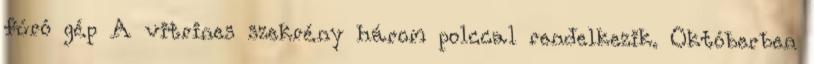
fúró gép A vitrines szekrény három polccal rendelkezik. Októberben